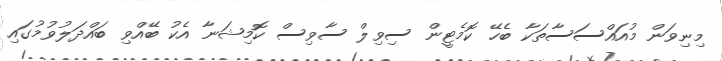
މިނިވަން މުއައްސަސާތަކާ ބެހޭ ކޮމެޓީން ސިވިލް ސާވިސް ކޮމިޝަނާ އެކު ބޭއްވި ބައްދަލުވުމުގައި